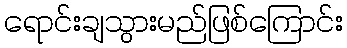
ရောင်းချသွားမည်ဖြစ်ကြောင်း